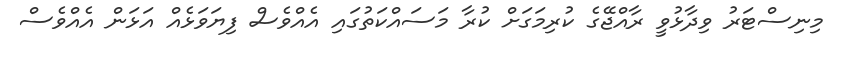
މިނިސްޓަރު ވިދާޅުވީ ރާއްޖޭގެ ކުރިމަގަށް ކުރާ މަސައްކަތުގައި އެއްވެސް ފިޔަވަޅެއް އަޅަން އެއްވެސް